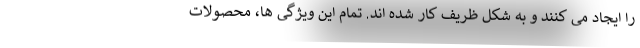
را ایجاد می کنند و به شکل ظریف کار شده اند. تمام این ویژگی ها، محصولات